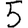
Digit: 5